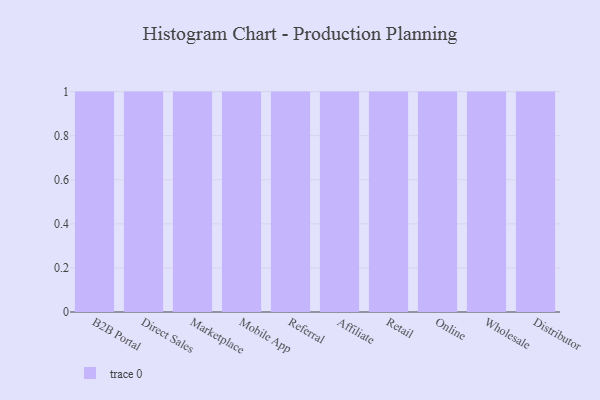
{"axis": {"x": "Channel", "y": "Bounce Rate (%)"}, "legend": [""], "data": [{"x": "B2B Portal", "y": 18, "type": ""}, {"x": "Direct Sales", "y": 46, "type": ""}, {"x": "Marketplace", "y": 78, "type": ""}, {"x": "Mobile App", "y": 46, "type": ""}, {"x": "Referral", "y": 1, "type": ""}, {"x": "Affiliate", "y": 60, "type": ""}, {"x": "Retail", "y": 60, "type": ""}, {"x": "Online", "y": 10, "type": ""}, {"x": "Wholesale", "y": 81, "type": ""}, {"x": "Distributor", "y": 17, "type": ""}]}